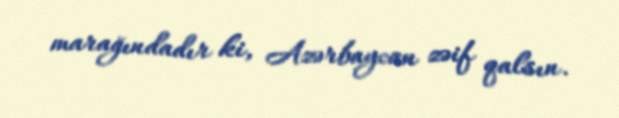
marağındadır ki, Azərbaycan zəif qalsın.